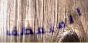
المنعطف